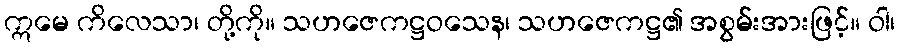
ဣမေ ကိလေသာ၊ တို့ကို။ သဟဇေကဋ္ဌဝသေန၊ သဟဇေကဋ္ဌ၏ အစွမ်းအားဖြင့်။ ဝါ၊